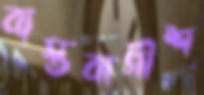
ব্যস্তবাগীশ